65_HS1-834228961_62-HQ-83894_Section_1
Agency: FBI
Page 51
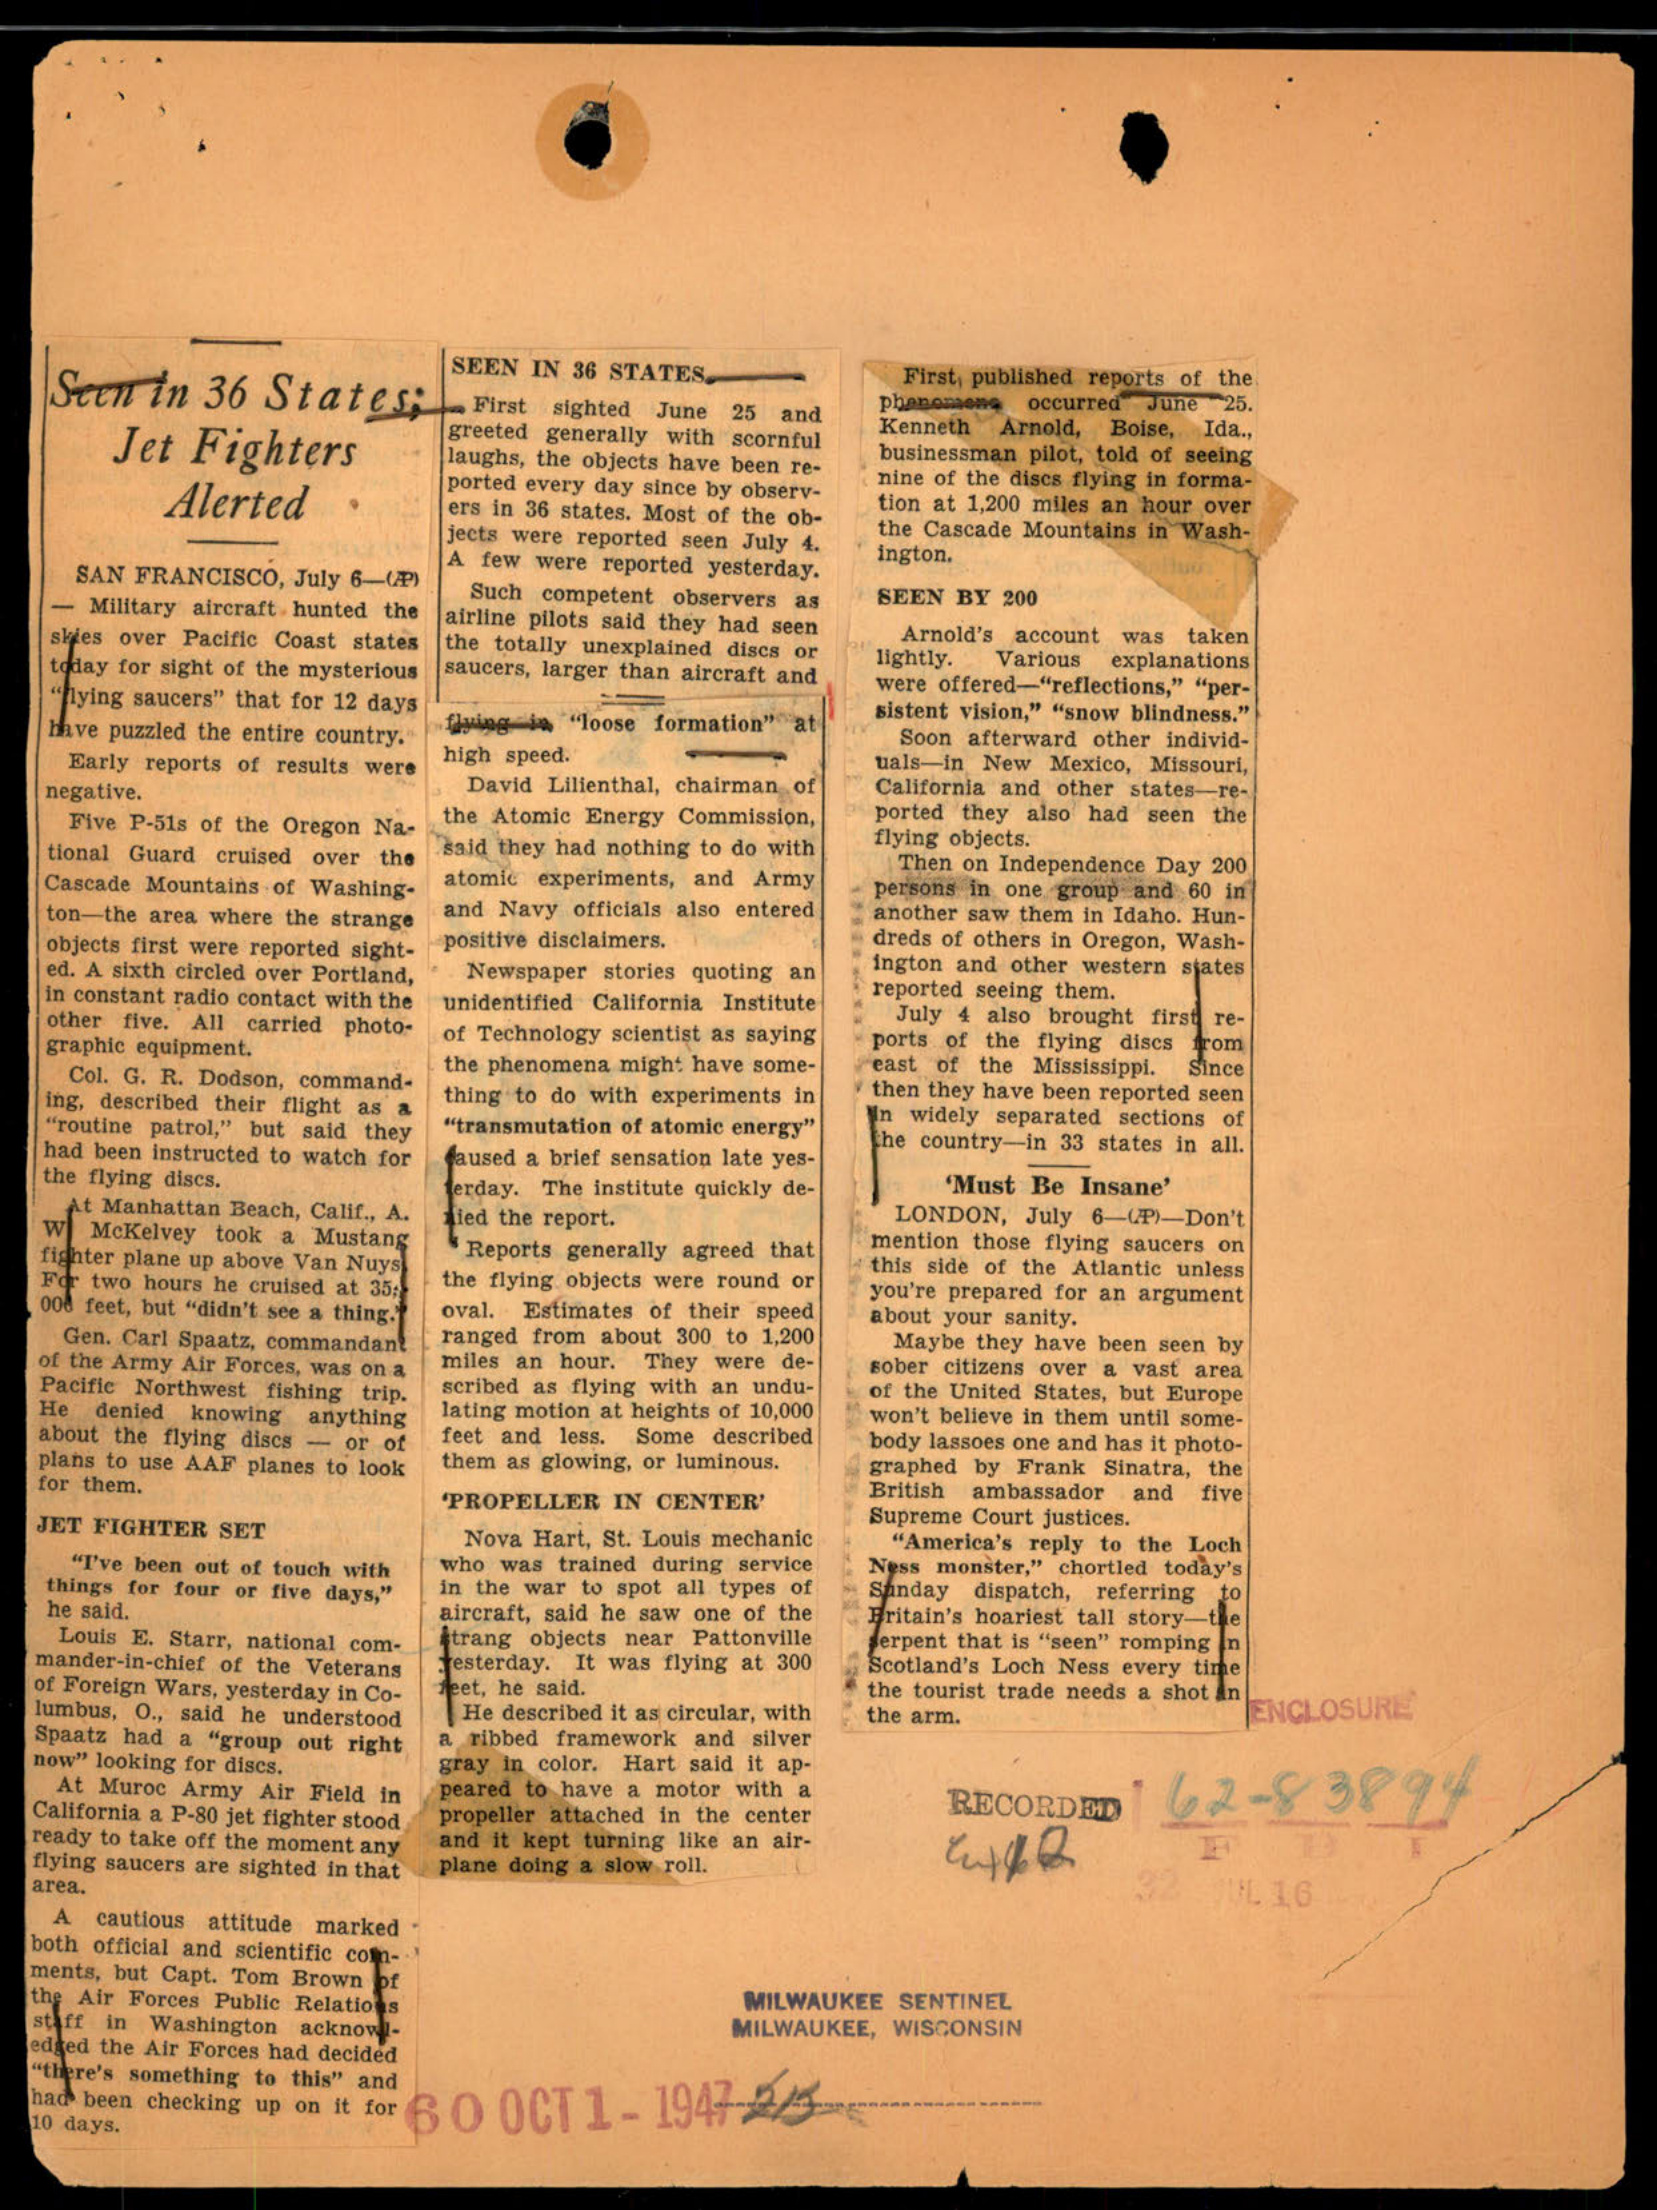